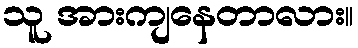
သူ အားကျနေတာလား။